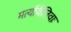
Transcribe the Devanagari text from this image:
मर्त्यायैलिवाः